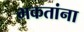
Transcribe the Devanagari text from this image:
भकतांना